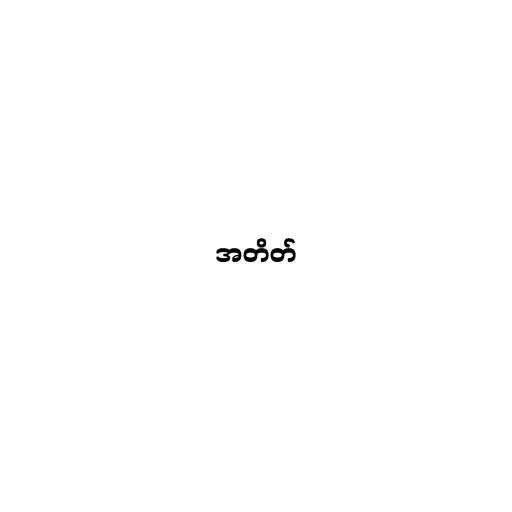
အတိတ်